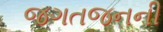
જગતજનની